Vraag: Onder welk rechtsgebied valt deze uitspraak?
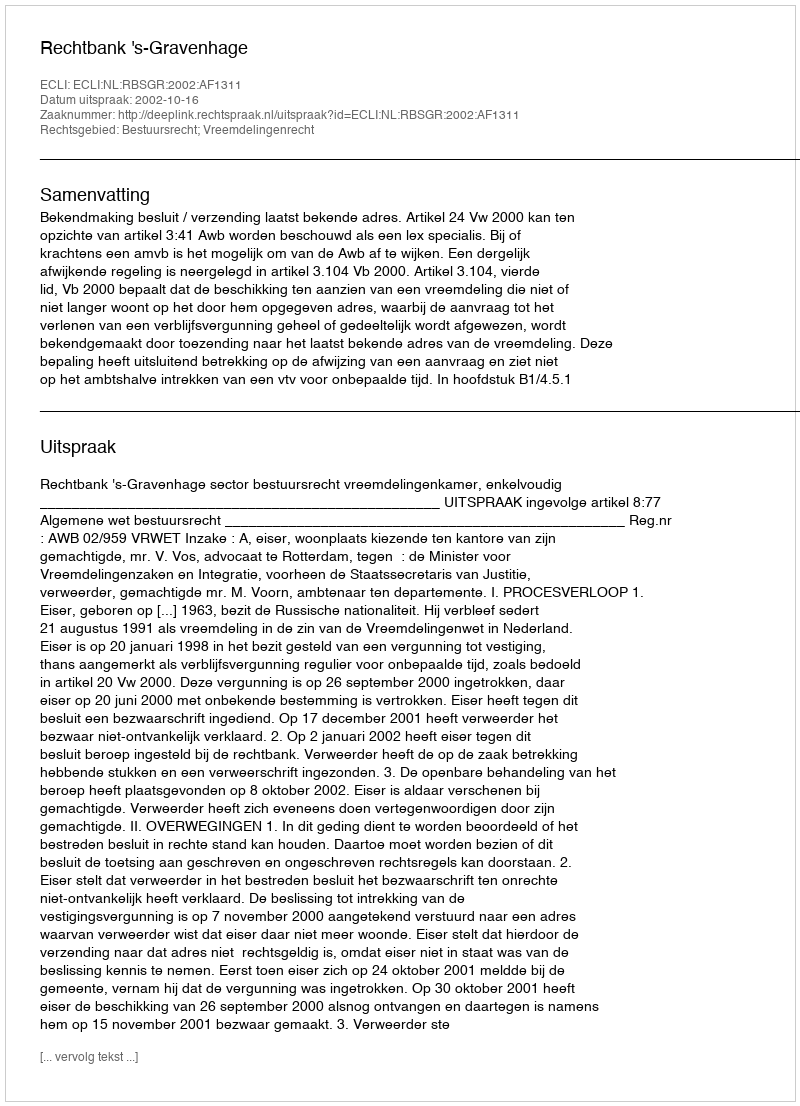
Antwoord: Bestuursrecht; Vreemdelingenrecht